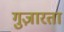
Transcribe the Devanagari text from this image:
गुज़ारता